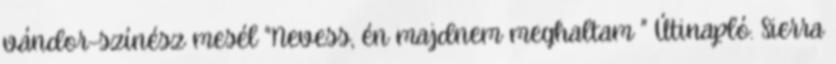
vándor-színész mesél "Nevess, én majdnem meghaltam " Útinapló. Sierra